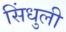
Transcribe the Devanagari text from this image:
सिंधुली